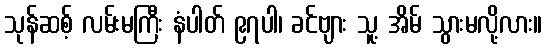
သုန်ဆစ့် လမ်းမကြီး နံပါတ် ၉၇ပါ၊ ခင်ဗျား သူ့ အိမ် သွားမလို့လား။